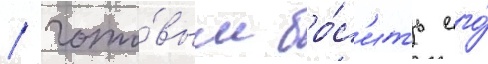
/ гото́вым бро́с'ить его́